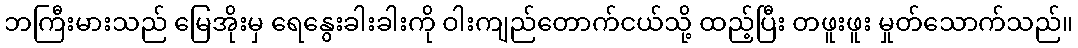
ဘကြီးမားသည် မြေအိုးမှ ရေနွေးခါးခါးကို ဝါးကျည်တောက်ငယ်သို့ ထည့်ပြီး တဖူးဖူး မှုတ်သောက်သည်။